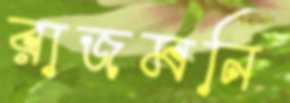
রাজমনি